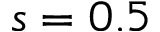
s = 0 . 5